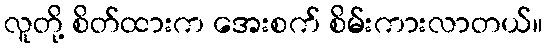
လူတို့ စိတ်ထားက အေးစက် စိမ်းကားလာတယ်။